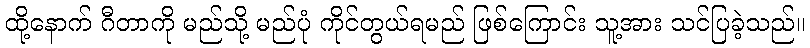
ထို့နောက် ဂီတာကို မည်သို့ မည်ပုံ ကိုင်တွယ်ရမည် ဖြစ်ကြောင်း သူ့အား သင်ပြခဲ့သည်။